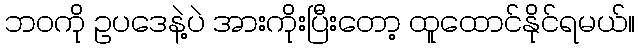
ဘဝကို ဥပဒေနဲ့ပဲ အားကိုးပြီးတော့ ထူထောင်နိုင်ရမယ်။